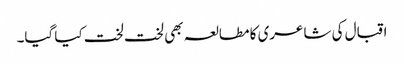
اقبال کی شاعری کا مطالعہ بھی لخت لخت کیا گیا۔